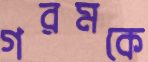
গরমকে